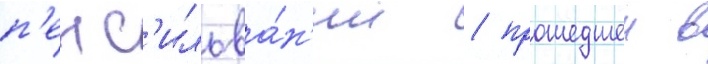
п'енс'ильва́н'ии / прошедшеи в